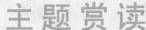
主题赏读